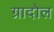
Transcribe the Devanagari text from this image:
ग्रादोल